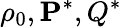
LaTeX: \rho_{0},{\mathbf P^{*},Q^{*}}